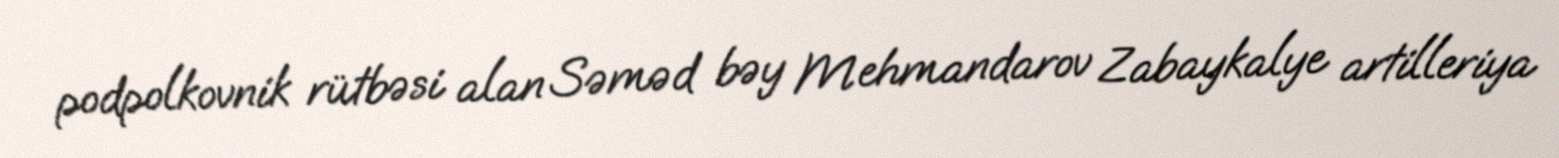
podpolkovnik rütbəsi alan Səməd bəy Mehmandarov Zabaykalye artilleriya